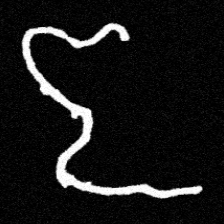
Pyu character \u2014 Myanmar letter: ဇ (romanized: ja)